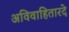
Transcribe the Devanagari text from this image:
अविवाहितारदे